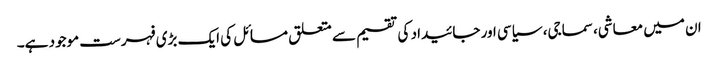
ان میں معاشی، سماجی، سیاسی اور جائیداد کی تقسیم سے متعلق مسائل کی ایک بڑی فہرست موجود ہے۔